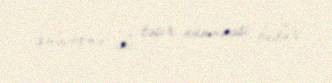
gələcəyinə iki təsir nümunəsi budur.